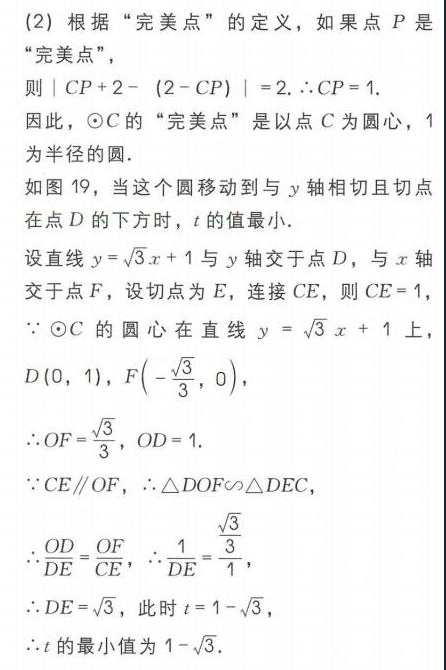
(2) 根据“完美点”的定义，如果点 \(P\) 是
“完美点”，
则 \(| CP + 2-(2 - CP)| = 2.\therefore CP = 1\).
因此，\(\odot C\) 的“完美点”是以点 \(C\) 为圆心，\(1\)
为半径的圆.
如图 19，当这个圆移动到与 \(y\) 轴相切且切点
在点 \(D\) 的下方时，\(t\) 的值最小.
设直线 \(y = \sqrt{3}x + 1\) 与 \(y\) 轴交于点 \(D\)，与 \(x\) 轴
交于点 \(F\)，设切点为 \(E\)，连接 \(CE\)，则 \(CE = 1\)，
\(\because\odot C\) 的圆心在直线 \(y=\sqrt{3}x + 1\) 上，
\(D(0,1)\)，\(F\left(-\frac{\sqrt{3}}{3},0\right)\)，
\(\therefore OF=\frac{\sqrt{3}}{3}\)，\(OD = 1\).
\(\because CE\parallel OF\)，\(\therefore\triangle DOF\sim\triangle DEC\)，
\(\therefore\frac{OD}{DE}=\frac{OF}{CE}\)，\(\therefore\frac{1}{DE}=\frac{\frac{\sqrt{3}}{3}}{1}\)，
\(\therefore DE=\sqrt{3}\)，此时 \(t = 1-\sqrt{3}\)，
\(\therefore t\) 的最小值为 \(1-\sqrt{3}\).